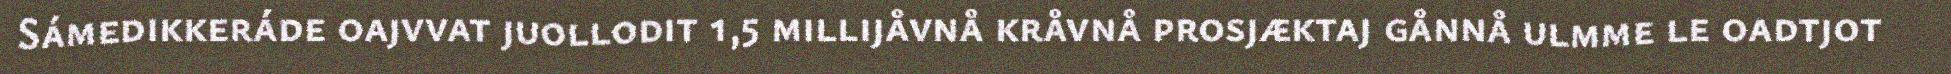
Sámedikkeráde oajvvat juollodit 1,5 millijåvnå kråvnå prosjæktaj gånnå ulmme le oadtjot